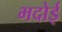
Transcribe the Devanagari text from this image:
भदोई